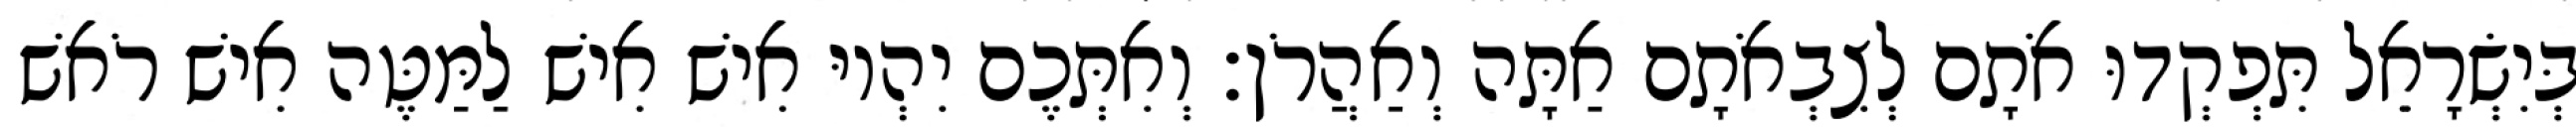
בְּיִשְׂרָאֵל תִּפְקְדוּ אֹתָם לְצִבְאֹתָם אַתָּה וְאַהֲרֹן׃ וְאִתְּכֶם יִהְיוּ אִישׁ אִישׁ לַמַּטֶּה אִישׁ רֹאשׁ